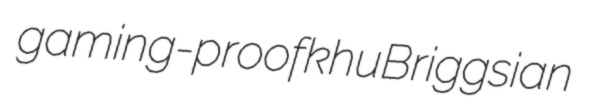
gaming-proof khu Briggsian